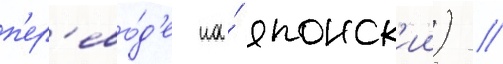
п'ер'ево́д'е на́ японск'ии) //